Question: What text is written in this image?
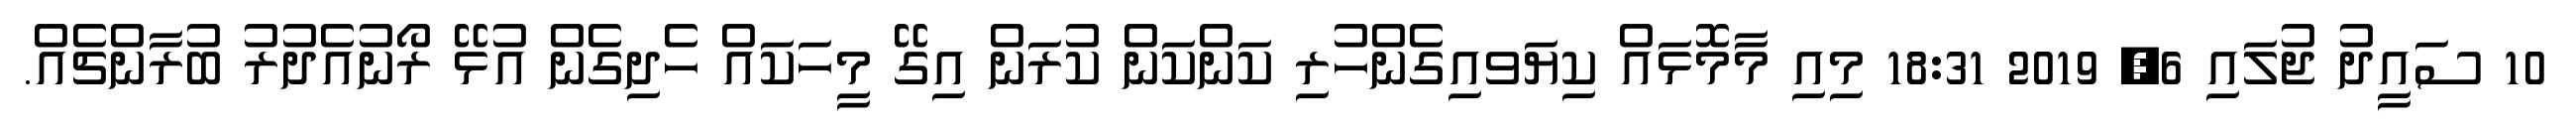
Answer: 10 ސައީދު ޖުލައި 6, 2019 18:31 މިއި މާމޮޅައް ކިޔަވއިގެންހުރި ކަންކަން ކުރަން އިގޭ މީހަކައް ހެދިގެން އުޅޭ ރޯނުއެދުރު ބުރާންޗެއް.